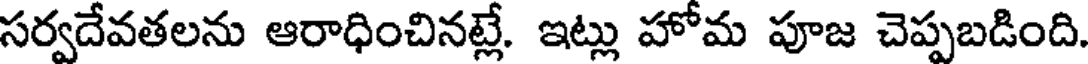
సర్వదేవతలను ఆరాధించినట్లే. ఇట్లు హోమ పూజ చెప్పబడింది.